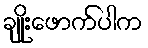
ချိုးဖောက်ပါက